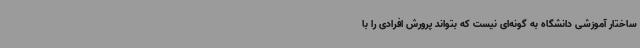
ساختار آموزشی دانشگاه به گونه‌ای نیست که بتواند پرورش افرادی را با